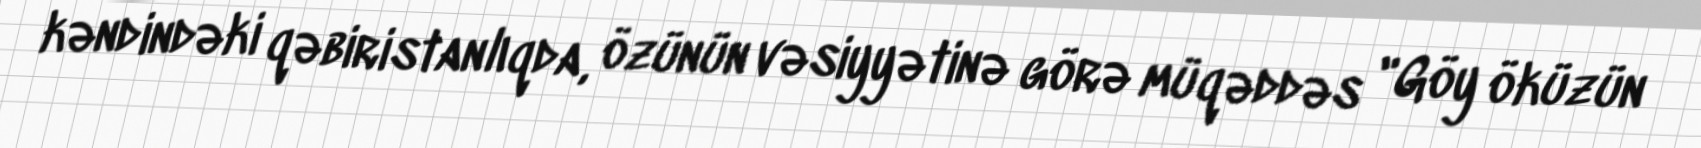
kəndindəki qəbiristanlıqda, özünün vəsiyyətinə görə müqəddəs "Göy öküzün